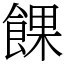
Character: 餜